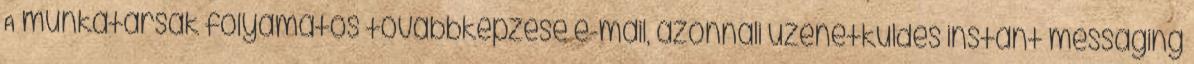
A munkatársak folyamatos továbbképzése e-mail, azonnali üzenetküldés instant messaging